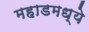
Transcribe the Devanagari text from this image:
महाडमध्ये